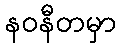
နဝနီတမှာ